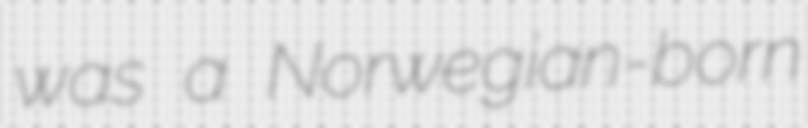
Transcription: was a Norwegian-born